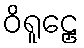
ဝိရူဠှေ